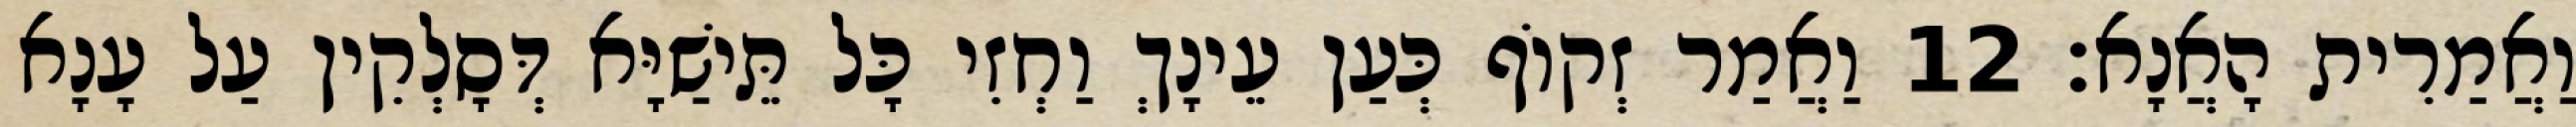
וַאֲמַרִית הָאֲנָא׃ 12 וַאֲמַר זְקוֹף כְּעַן עֵינָךְ וַחְזִי כָּל תֵּישַׁיָּא דְּסָלְקִין עַל עָנָא